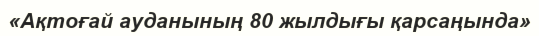
«Ақтоғай ауданының 80 жылдығы қарсаңында»